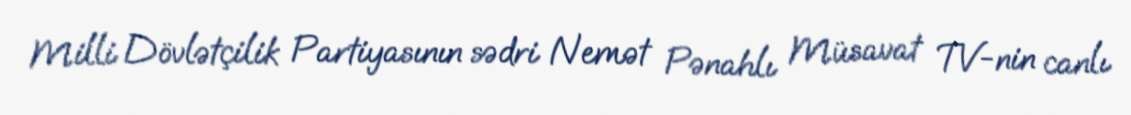
Milli Dövlətçilik Partiyasının sədri Nemət Pənahlı Müsavat TV-nin canlı